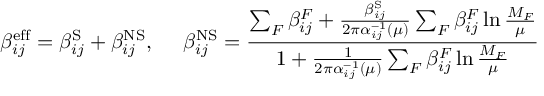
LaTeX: \beta _ { i j } ^ { \mathrm { e f f } } = \beta _ { i j } ^ { \mathrm { S } } + \beta _ { i j } ^ { \mathrm { N S } } , ~ ~ ~ ~ \beta _ { i j } ^ { \mathrm { N S } } = \frac { \sum _ { F } \beta _ { i j } ^ { F } + \frac { \beta _ { i j } ^ { \mathrm { S } } } { 2 \pi \alpha _ { i j } ^ { - 1 } ( \mu ) } \sum _ { F } \beta _ { i j } ^ { F } \ln \frac { M _ { F } } { \mu } } { 1 + \frac { 1 } { 2 \pi \alpha _ { i j } ^ { - 1 } ( \mu ) } \sum _ { F } \beta _ { i j } ^ { F } \ln \frac { M _ { F } } { \mu } }